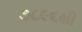
૭૮૯૬થી